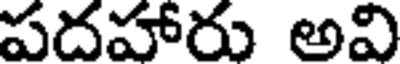
పదహారు అవి